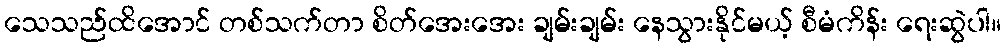
သေသည်ထိအောင် တစ်သက်တာ စိတ်အေးအေး ချမ်းချမ်း နေသွားနိုင်မယ့် စီမံကိန်း ရေးဆွဲပါ။